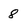
Character: 8